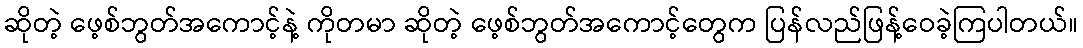
ဆိုတဲ့ ဖေ့စ်ဘွတ်အကောင့်နဲ့ ကိုတမာ ဆိုတဲ့ ဖေ့စ်ဘွတ်အကောင့်တွေက ပြန်လည်ဖြန့်ဝေခဲ့ကြပါတယ်။